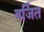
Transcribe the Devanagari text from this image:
वर्जित